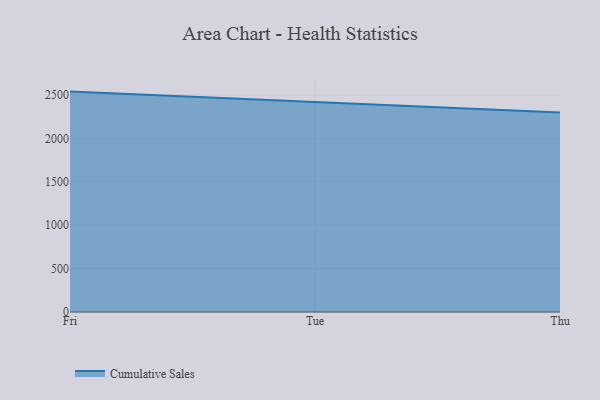
{"axis": {"x": "Day", "y": "Backlog"}, "legend": ["Cumulative Sales"], "data": [{"x": "Fri", "y": 2538.9, "type": "Cumulative Sales"}, {"x": "Tue", "y": 2416.9, "type": "Cumulative Sales"}, {"x": "Thu", "y": 2296.8, "type": "Cumulative Sales"}]}